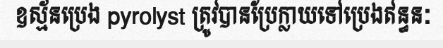
ឧស្ម័នប្រេង pyrolyst ត្រូវបានប្រែក្លាយទៅប្រេងឥន្ធនៈ